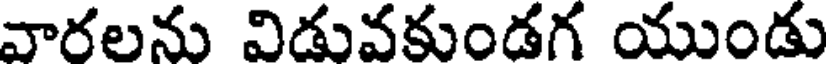
వారలను విడువకుండగ యుండు